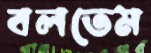
বলতেম